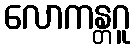
လောကန္တဂူ